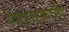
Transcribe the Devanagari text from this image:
गिर्‍हाइकांनी